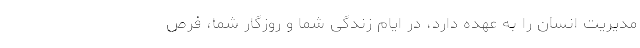
مدیریت انسان را به عهده دارد، در ایام زندگی شما و روزگار شما، فرص